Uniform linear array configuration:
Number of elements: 4
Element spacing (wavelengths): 0.25
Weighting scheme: cosine
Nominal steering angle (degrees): -45
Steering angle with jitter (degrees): -45.132
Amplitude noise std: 0.05
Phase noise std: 0.05

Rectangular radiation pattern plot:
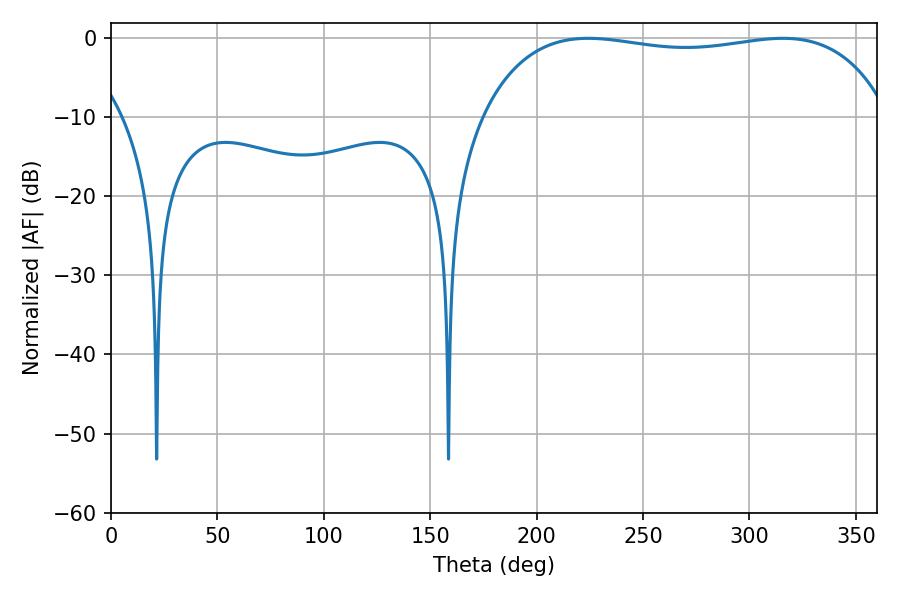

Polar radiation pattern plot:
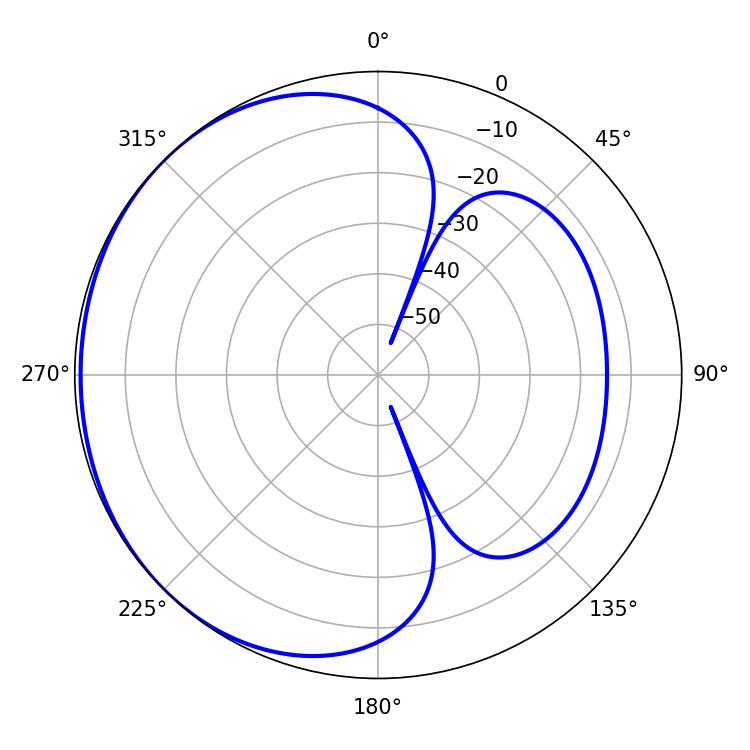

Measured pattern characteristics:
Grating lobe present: FALSE
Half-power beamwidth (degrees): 154.08
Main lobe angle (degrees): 224.28